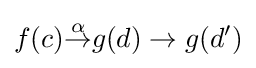
f(c){\overset {\alpha }{\to }}g(d)\to g(d')